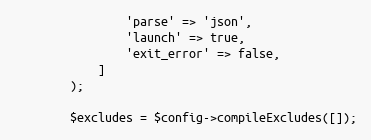
Language: PHP
                'parse' => 'json',
                'launch' => true,
                'exit_error' => false,
            ]
        );

        $excludes = $config->compileExcludes([]);